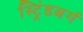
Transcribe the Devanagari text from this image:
स्ट्रिंडबर्ग